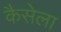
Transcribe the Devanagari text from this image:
कैसेला